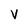
Character: V